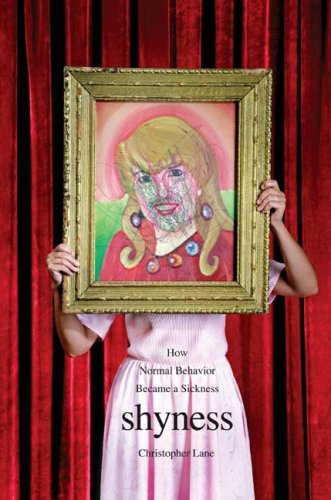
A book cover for Shyness: How Normal Behavior Became a Sickness; Christopher Lane; Medical Books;